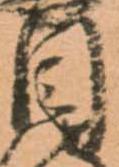
目